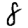
Digit: 8